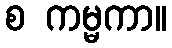
စ ကမ္မကာ။